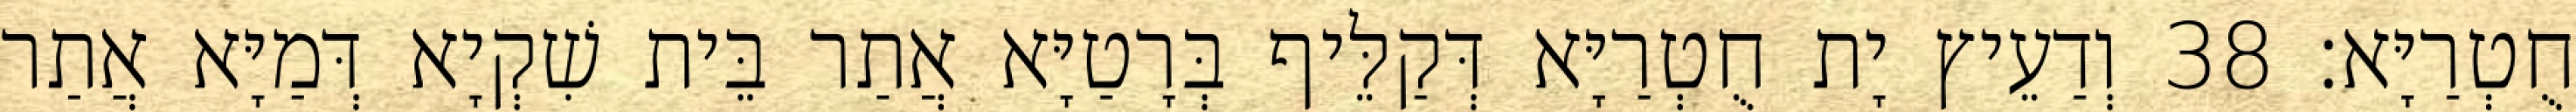
חֻטְרַיָּא׃ 38 וְדַעֵיץ יָת חֻטְרַיָּא דְּקַלֵּיף בְּרָטַיָּא אֲתַר בֵּית שִׁקְיָא דְּמַיָּא אֲתַר